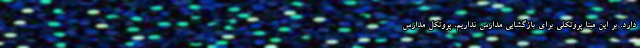
دارد. بر این مبنا پروتکلی برای بازگشایی مدارس نداریم، پروتکل مدارس